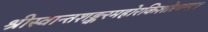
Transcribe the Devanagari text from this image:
श्रीस्वान्तशङ्करमहोरकिशोरचन्द्र।